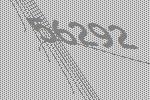
56292